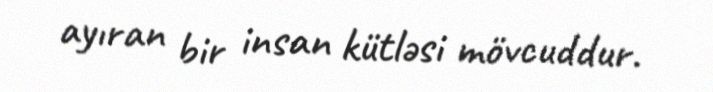
ayıran bir insan kütləsi mövcuddur.